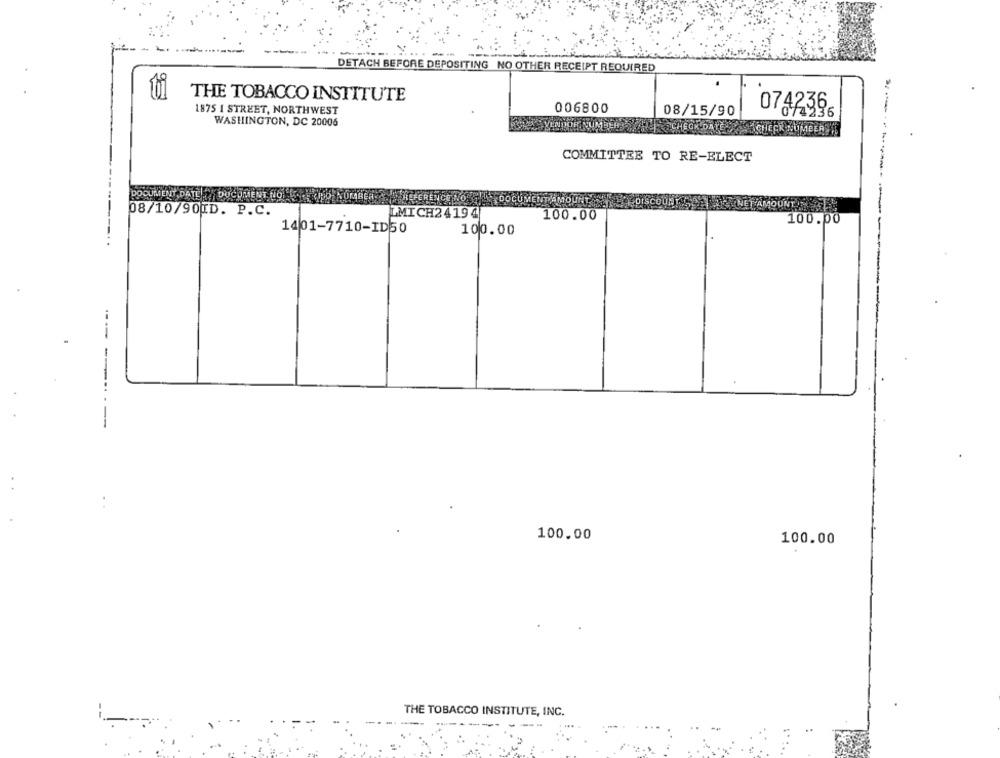
---
DETACH BEFORE DEPOSITING NO OTHER RECEIPT REQUIRED
ti
THE TOBACCO INSTITUTE
1875 I STREET, NORTHWEST
006800
08/15/90
0742396
WASHINGTON, DC 20006
ACHECK NUMBER
COMMITTEE TO RE-ELECT
DOCUMENT DATE ,DOCUMENT, HOL
ÉFERENCENŐK
MOUR
08/10/90[D. P.C.
ETAMOUNT
LMICH24194
100.00
100.00
1401-7710-ID50
100.00
100.00
100.00
THE TOBACCO INSTITUTE, INC.